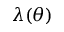
\lambda ( \theta )